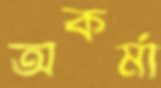
অকর্মা